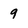
Character: 9